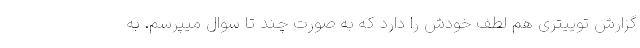
گزارش توییتری هم لطف خودش را دارد که به صورت چند تا سوال میپرسم. به